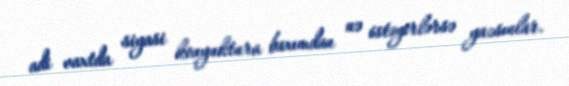
adi vaxtda siyasi konyuktura baxımdan nə istəyirlərsə yazsınlar.